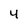
Character: 4